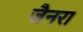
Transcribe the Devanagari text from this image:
जैनरा